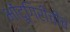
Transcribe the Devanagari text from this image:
भोंदूगिरीचीच